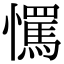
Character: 𢤇